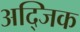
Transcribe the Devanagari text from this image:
अद्जिक